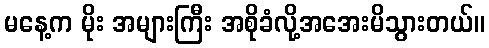
မနေ့က မိုး အများကြီး အစိုခံလို့အအေးမိသွားတယ်။